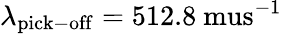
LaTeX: \lambda_{\mathrm{pick-off}}=512.8\mathrm{\ mus}^{-1}